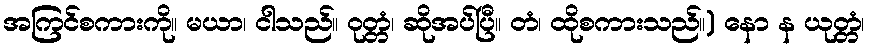
အကြင်စကားကို။ မယာ၊ ငါသည်။ ဝုတ္တံ၊ ဆိုအပ်ပြီ။ တံ၊ ထိုစကားသည်။) နော န ယုတ္တံ၊